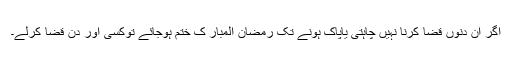
اگر اُن دنوں قضا کرنا نہیں چاہتی یاپاک ہونے تک رَمَضانُ الْمُبارَ ک خَتْم ہوجائے توکسی اور دن قَضا کرلے۔